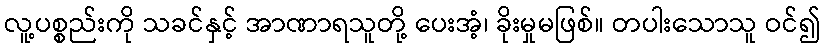
လူ့ပစ္စည်းကို သခင်နှင့် အာဏာရသူတို့ ပေးအံ့၊ ခိုးမှုမဖြစ်။ တပါးသောသူ ဝင်၍